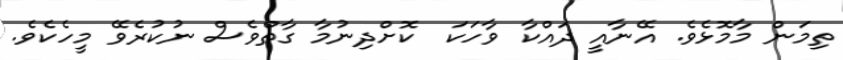
ތިމަން މާމޮޅެވެ. އޭނާއީ ދައްކާ ވާހަކަ  ކޮށްދިނުމާ ގާތްވެސް ނުކުރެވޭ މީހެކެވެ.